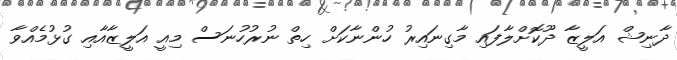
ދާނިޝް އަލީޒާ ދޫކޮށްލާފައި މާގިނައިރު ހުންނާކަށް ހިތް ނުރުހުނަސް މިއީ އަލީޒާއާއި ގުޅުމެއްވާ